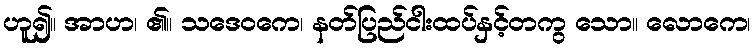
ဟူ၍။ အာဟ၊ ၏။ သဒေဝကေ၊ နတ်ပြည်ငါးထပ်နှင့်တကွ သော။ လောကေ၊